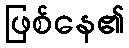
ဖြစ်နေ၏